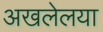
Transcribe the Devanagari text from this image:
अखलेलया